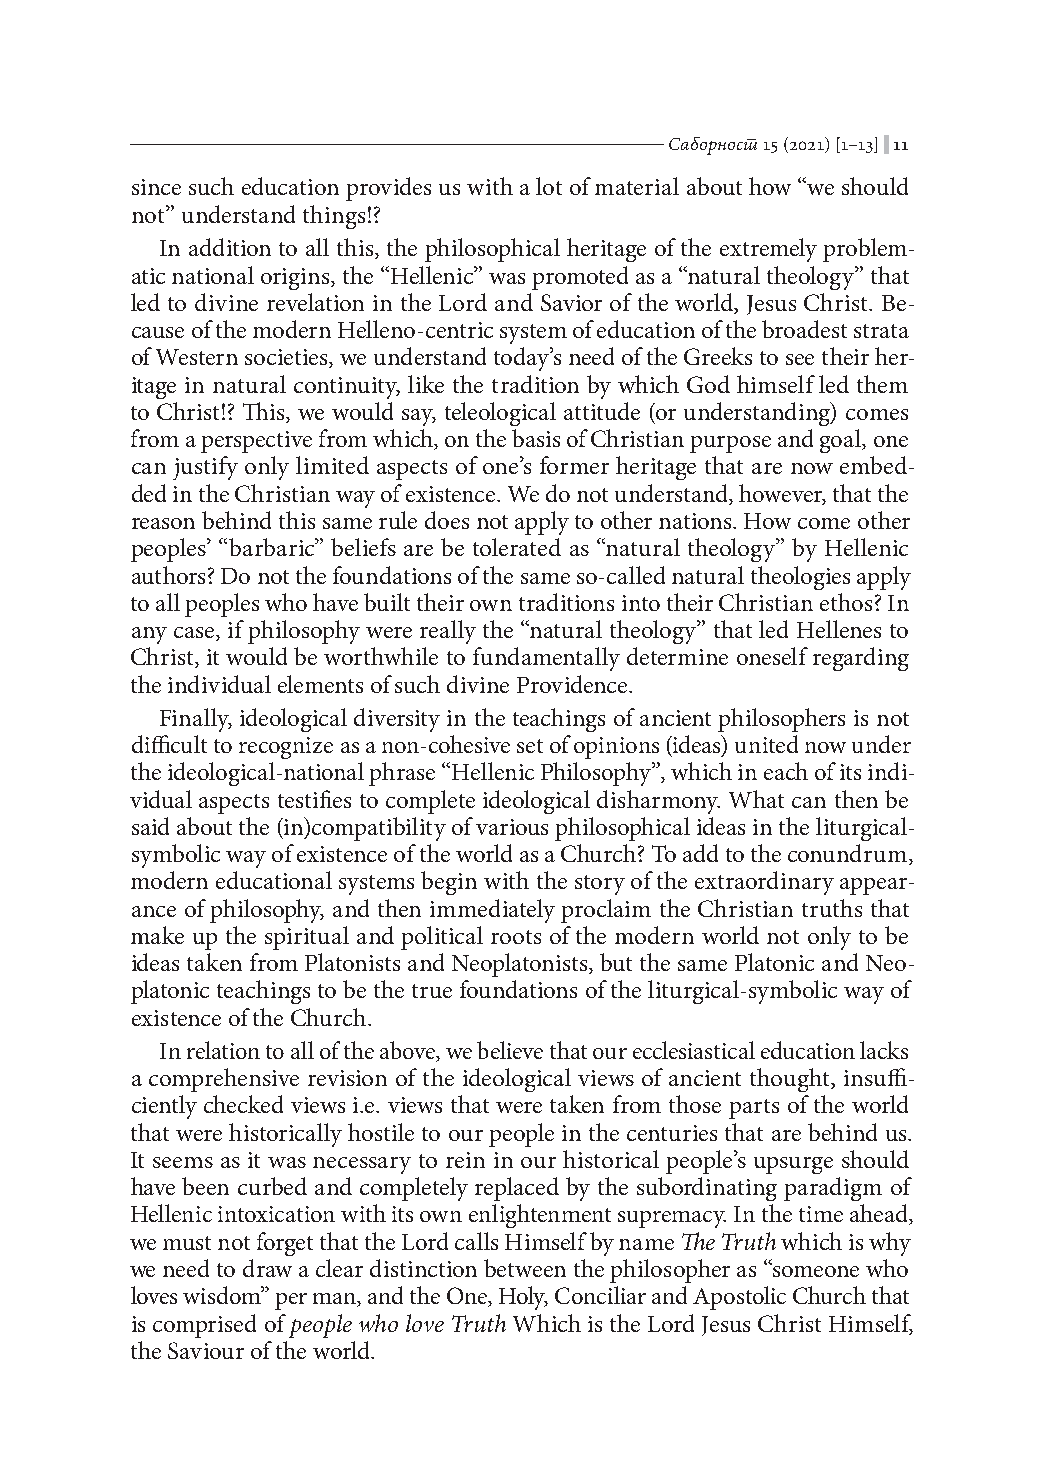
Саборност 15 (2021) [1–13]|11
 since such education provides us with a lot of material about how “we should
 not” understand things!?
 In addition to all this, the philosophical heritage of the extremely problem-
 atic national origins, the “Hellenic” was promoted as a “natural theology” that
 led to divine revelation in the Lord and Savior of the world, Jesus Christ. Be-
 cause of the modern Helleno-centric system of education of the broadest strata
 of Western societies, we understand today’s need of the Greeks to see their her-
 itage in natural continuity, like the tradition by which God himself led them
 to Christ!? This, we would say, teleological attitude (or understanding) comes
 from a perspective from which, on the basis of Christian purpose and goal, one
 can justify only limited aspects of one’s former heritage that are now embed-
 ded in the Christian way of existence. We do not understand, however, that the
 reason behind this same rule does not apply to other nations. How come other
 peoples’ “barbaric” beliefs are be tolerated as “natural theology” by Hellenic
 authors? Do not the foundations of the same so-called natural theologies apply
 to all peoples who have built their own traditions into their Christian ethos? In
 any case, if philosophy were really the “natural theology” that led Hellenes to
 Christ, it would be worthwhile to fundamentally determine oneself regarding
 the individual elements of such divine Providence.
 Finally, ideological diversity in the teachings of ancient philosophers is not
 difficult to recognize as a non-cohesive set of opinions (ideas) united now under
 the ideological-national phrase “Hellenic Philosophy”, which in each of its indi-
 vidual aspects testifies to complete ideological disharmony. What can then be
 said about the (in)compatibility of various philosophical ideas in the liturgical-
 symbolic way of existence of the world as a Church? To add to the conundrum,
 modern educational systems begin with the story of the extraordinary appear-
 ance of philosophy, and then immediately proclaim the Christian truths that
 make up the spiritual and political roots of the modern world not only to be
 ideas taken from Platonists and Neoplatonists, but the same Platonic and Neo-
 platonic teachings to be the true foundations of the liturgical-symbolic way of
 existence of the Church.
 In relation to all of the above, we believe that our ecclesiastical education lacks
 a comprehensive revision of the ideological views of ancient thought, insuffi-
 ciently checked views i.e. views that were taken from those parts of the world
 that were historically hostile to our people in the centuries that are behind us.
 It seems as it was necessary to rein in our historical people’s upsurge should
 have been curbed and completely replaced by the subordinating paradigm of
 Hellenic intoxication with its own enlightenment supremacy. In the time ahead,
 we must not forget that the Lord calls Himself by name The Truth which is why
 we need to draw a clear distinction between the philosopher as “someone who
 loves wisdom” per man, and the One, Holy, Conciliar and Apostolic Church that
 is comprised of people who love Truth Which is the Lord Jesus Christ Himself,
 the Saviour of the world.